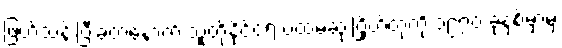
ဖြတ်သန်းပြီးခဲ့တဲ့နောက် သူတို့နိုင်ငံရဲ့ ပထမဆုံးဂြိုဟ်တုကို ၁၉၇၀ ခုနှစ်မှာမှ